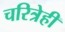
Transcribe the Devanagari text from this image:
चरित्रेही